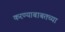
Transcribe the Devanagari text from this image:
करण्याबाबतच्या